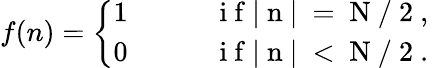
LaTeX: f(n)=\left\{ \begin{array}{ll}{1}&{\qquad\mathrm{~i~f~|~n~|~=~N~/~2~,~}}\\ {0}&{\qquad\mathrm{~i~f~|~n~|~<~N~/~2~.~}}\end{array}\right.